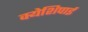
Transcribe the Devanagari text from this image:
क्येशिपाई